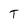
Character: T